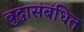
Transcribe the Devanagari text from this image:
बुद्धासंबंधित